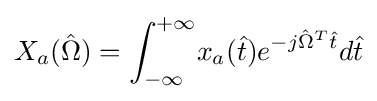
X_{a}({\hat {\Omega }})=\int _{-\infty }^{+\infty }\!x_{a}({\hat {t}})e^{-j{\hat {\Omega }}^{T}{\hat {t}}}d{\hat {t}}